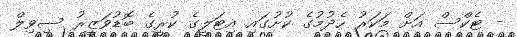
- ޓެކްސް އަށް މަކަރު ހެދުމުގެ ކުށުގައި އިޓަލީގެ ކުރީގެ ބޮޑުވަޒީރު ސިވިލް